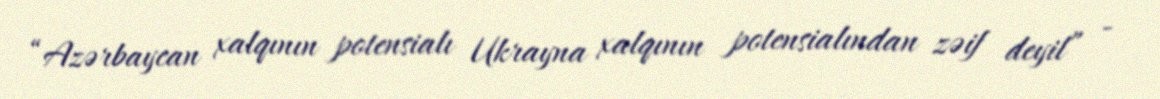
“Azərbaycan xalqının potensialı Ukrayna xalqının potensialından zəif deyil” -